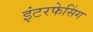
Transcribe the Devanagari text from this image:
इंटरफेसिंग